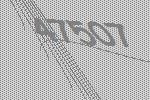
47507